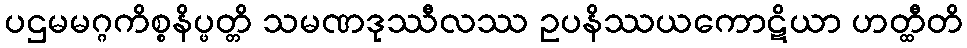
ပဌမမဂ္ဂကိစ္စနိပ္ဖတ္တိ သမဏဒုဿီလဿ ဥပနိဿယကောဋိယာ ဟတ္ထီတိ